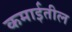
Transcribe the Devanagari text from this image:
कमाईतील